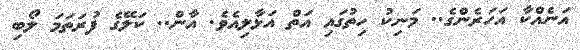
އަނެއްކާ އަހަރެންގެ.. މަނިކު ހިތުގައި އަތް އަޅާލިއެވެ. އާން.. ކަލޭގެ ފުރަތަމަ ލޯބި